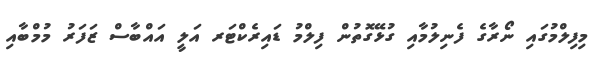
މިފިލްމުގައި ނޯރާގެ ފެނިލުމާއި ގުޅޭގޮތުން ފިލްމު ޑައިރެކްޓަރ އަލީ އައްބާސް ޒަފަރު މުމްބާއި